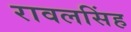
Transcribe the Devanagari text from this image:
रावलसिंह